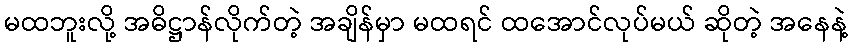
မထဘူးလို့ အဓိဋ္ဌာန်လိုက်တဲ့ အချိန်မှာ မထရင် ထအောင်လုပ်မယ် ဆိုတဲ့ အနေနဲ့